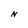
Character: N